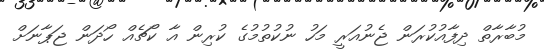
މުބާރާތް ދިފާއުކުރަން ޖެނުއަރީ މަހު ނުކުތުމުގެ ކުރިން އާ ކޯޗެއް ހޯދަން ޖަޕާނަށް